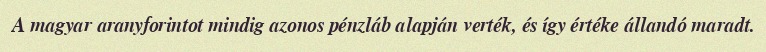
A magyar aranyforintot mindig azonos pénzláb alapján verték, és így értéke állandó maradt.